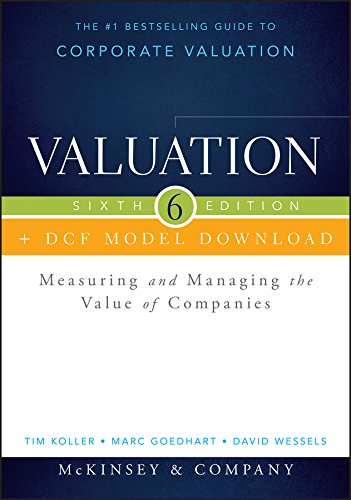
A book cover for Valuation + DCF Model Download: Measuring and Managing the Value of Companies (Wiley Finance); McKinsey & Company Inc.; Business & Money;